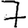
Digit: 7